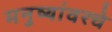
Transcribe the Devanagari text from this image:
मनुष्यांवरचे